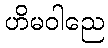
ဟိမဝါညေ